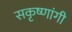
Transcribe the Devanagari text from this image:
सकृष्णांगी